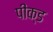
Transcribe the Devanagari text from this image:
पीक्ड